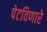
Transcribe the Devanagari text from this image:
पेटविणारे